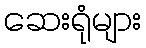
ဆေးရုံများ